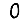
Digit: 0